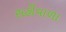
સહીવાળા